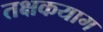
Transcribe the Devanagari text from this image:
तक्षकयाग